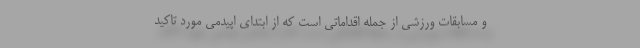
و مسابقات ورزشی از جمله اقداماتی است که از ابتدای اپیدمی مورد تاکید